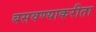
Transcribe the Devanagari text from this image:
बसवण्याकरीता